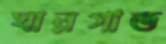
ঘারগাত